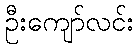
ဦးကျော်လင်း